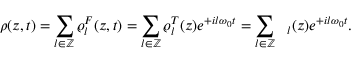
\rho ( z , t ) = \sum _ { l \in \mathbb { Z } } \varrho _ { l } ^ { F } ( z , t ) = \sum _ { l \in \mathbb { Z } } \varrho _ { l } ^ { T } ( z ) e ^ { + i l \omega _ { 0 } t } = \sum _ { l \in \mathbb { Z } } \textit { \xi } _ { l } ( z ) e ^ { + i l \omega _ { 0 } t } .